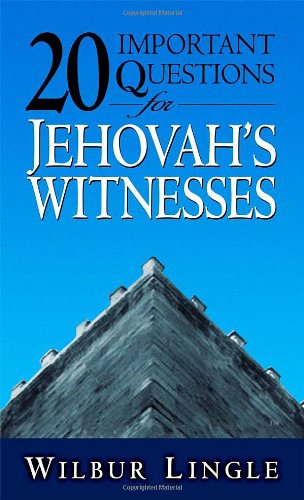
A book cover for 20 Important Questions for Jehovah's Witnesses; Wilbur Lingle; Christian Books & Bibles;